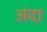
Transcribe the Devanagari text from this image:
अंदा